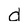
Character: d